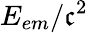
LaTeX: E_{em}/\mathfrak{c}^{2}